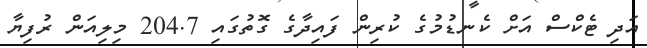
އަދި ޓެކްސް އަށް ކެނޑުމުގެ ކުރިން ފައިދާގެ ގޮތުގައި 204.7 މިލިއަން ރުފިޔާ